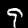
Digit: 9